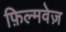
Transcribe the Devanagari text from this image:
फ़िल्मवेज़